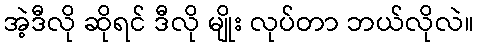
အဲ့ဒီလို ဆိုရင် ဒီလို မျိုး လုပ်တာ ဘယ်လိုလဲ။